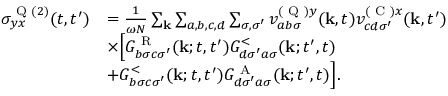
\begin{array} { r l } { \sigma _ { y x } ^ { \textrm { Q } ( 2 ) } ( t , t ^ { \prime } ) } & { = \frac { 1 } { \omega N } \sum _ { \mathbf { k } } \sum _ { a , b , c , d } \sum _ { \sigma , \sigma ^ { \prime } } v _ { a b \sigma } ^ { ( \textrm { Q } ) y } ( \mathbf { k } , t ) v _ { c d \sigma ^ { \prime } } ^ { ( \textrm { C } ) x } ( \mathbf { k } , t ^ { \prime } ) } \\ & { \times \Bigl [ G _ { b \sigma c \sigma ^ { \prime } } ^ { \textrm { R } } ( \mathbf { k } ; t , t ^ { \prime } ) G _ { d \sigma ^ { \prime } a \sigma } ^ { < } ( \mathbf { k } ; t ^ { \prime } , t ) } \\ & { + G _ { b \sigma c \sigma ^ { \prime } } ^ { < } ( \mathbf { k } ; t , t ^ { \prime } ) G _ { d \sigma ^ { \prime } a \sigma } ^ { \textrm { A } } ( \mathbf { k } ; t ^ { \prime } , t ) \Bigr ] . } \end{array}